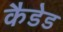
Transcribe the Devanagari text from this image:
कैडेड